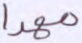
مهدا